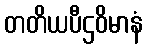
တတိယပီဌဝိမာနံ